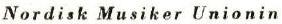
Nordisk Musiker Unionin